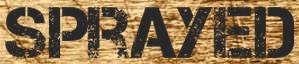
SPRAYED